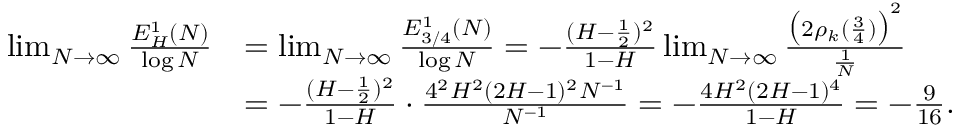
\begin{array} { r l } { \operatorname* { l i m } _ { N \to \infty } \frac { E _ { H } ^ { 1 } ( N ) } { \log N } } & { = \operatorname* { l i m } _ { N \to \infty } \frac { E _ { 3 / 4 } ^ { 1 } ( N ) } { \log N } = - \frac { ( H - \frac 1 2 ) ^ { 2 } } { 1 - H } \operatorname* { l i m } _ { N \to \infty } \frac { \bigl ( 2 \rho _ { k } ( \frac 3 4 ) \bigr ) ^ { 2 } } { \frac 1 N } } \\ & { = - \frac { ( H - \frac 1 2 ) ^ { 2 } } { 1 - H } \cdot \frac { 4 ^ { 2 } H ^ { 2 } ( 2 H - 1 ) ^ { 2 } N ^ { - 1 } } { N ^ { - 1 } } = - \frac { 4 H ^ { 2 } ( 2 H - 1 ) ^ { 4 } } { { 1 - H } } = - \frac { 9 } { 1 6 } . } \end{array}